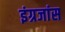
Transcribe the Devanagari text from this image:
इंग्रजांस